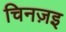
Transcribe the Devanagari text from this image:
चिनज़इ